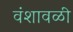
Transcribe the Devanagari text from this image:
वंशावळी